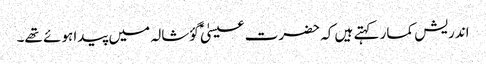
اندریش کمار کہتے ہیں کہ حضرت عیسیٰؑ گؤشالہ میں پیدا ہوئے تھے۔